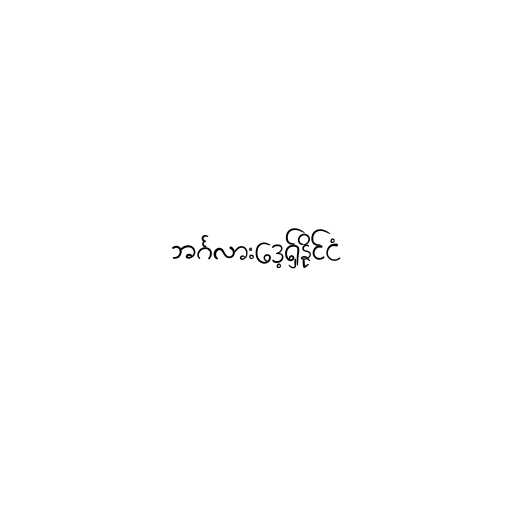
ဘင်္ဂလားဒေ့ရှ်နိုင်ငံ